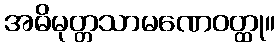
အဓိမုတ္တသာမဏေဝတ္ထု။